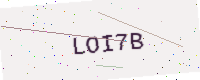
Text: LOI7B